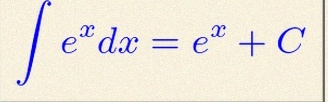
\int e^x dx=e^x+C